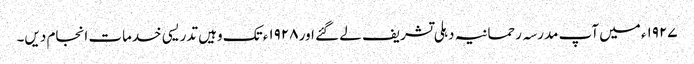
۱۹۲۷ء میں آپ مدرسہ رحمانیہ دہلی تشریف لے گئے اور ۱۹۲۸ء تک وہیں تدریسی خدمات انجام دیں۔